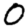
Digit: 0